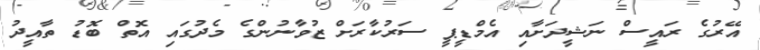
އޭރުގެ ރައީސް ނަޝީދަށާއި އެމްޑީޕީ ސަރުކާރަށް ޒުވާނުންގެ މެދުގައި އޮތް ބޮޑު ތާއީދު